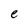
Character: e